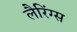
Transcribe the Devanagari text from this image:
लैरिंग्स